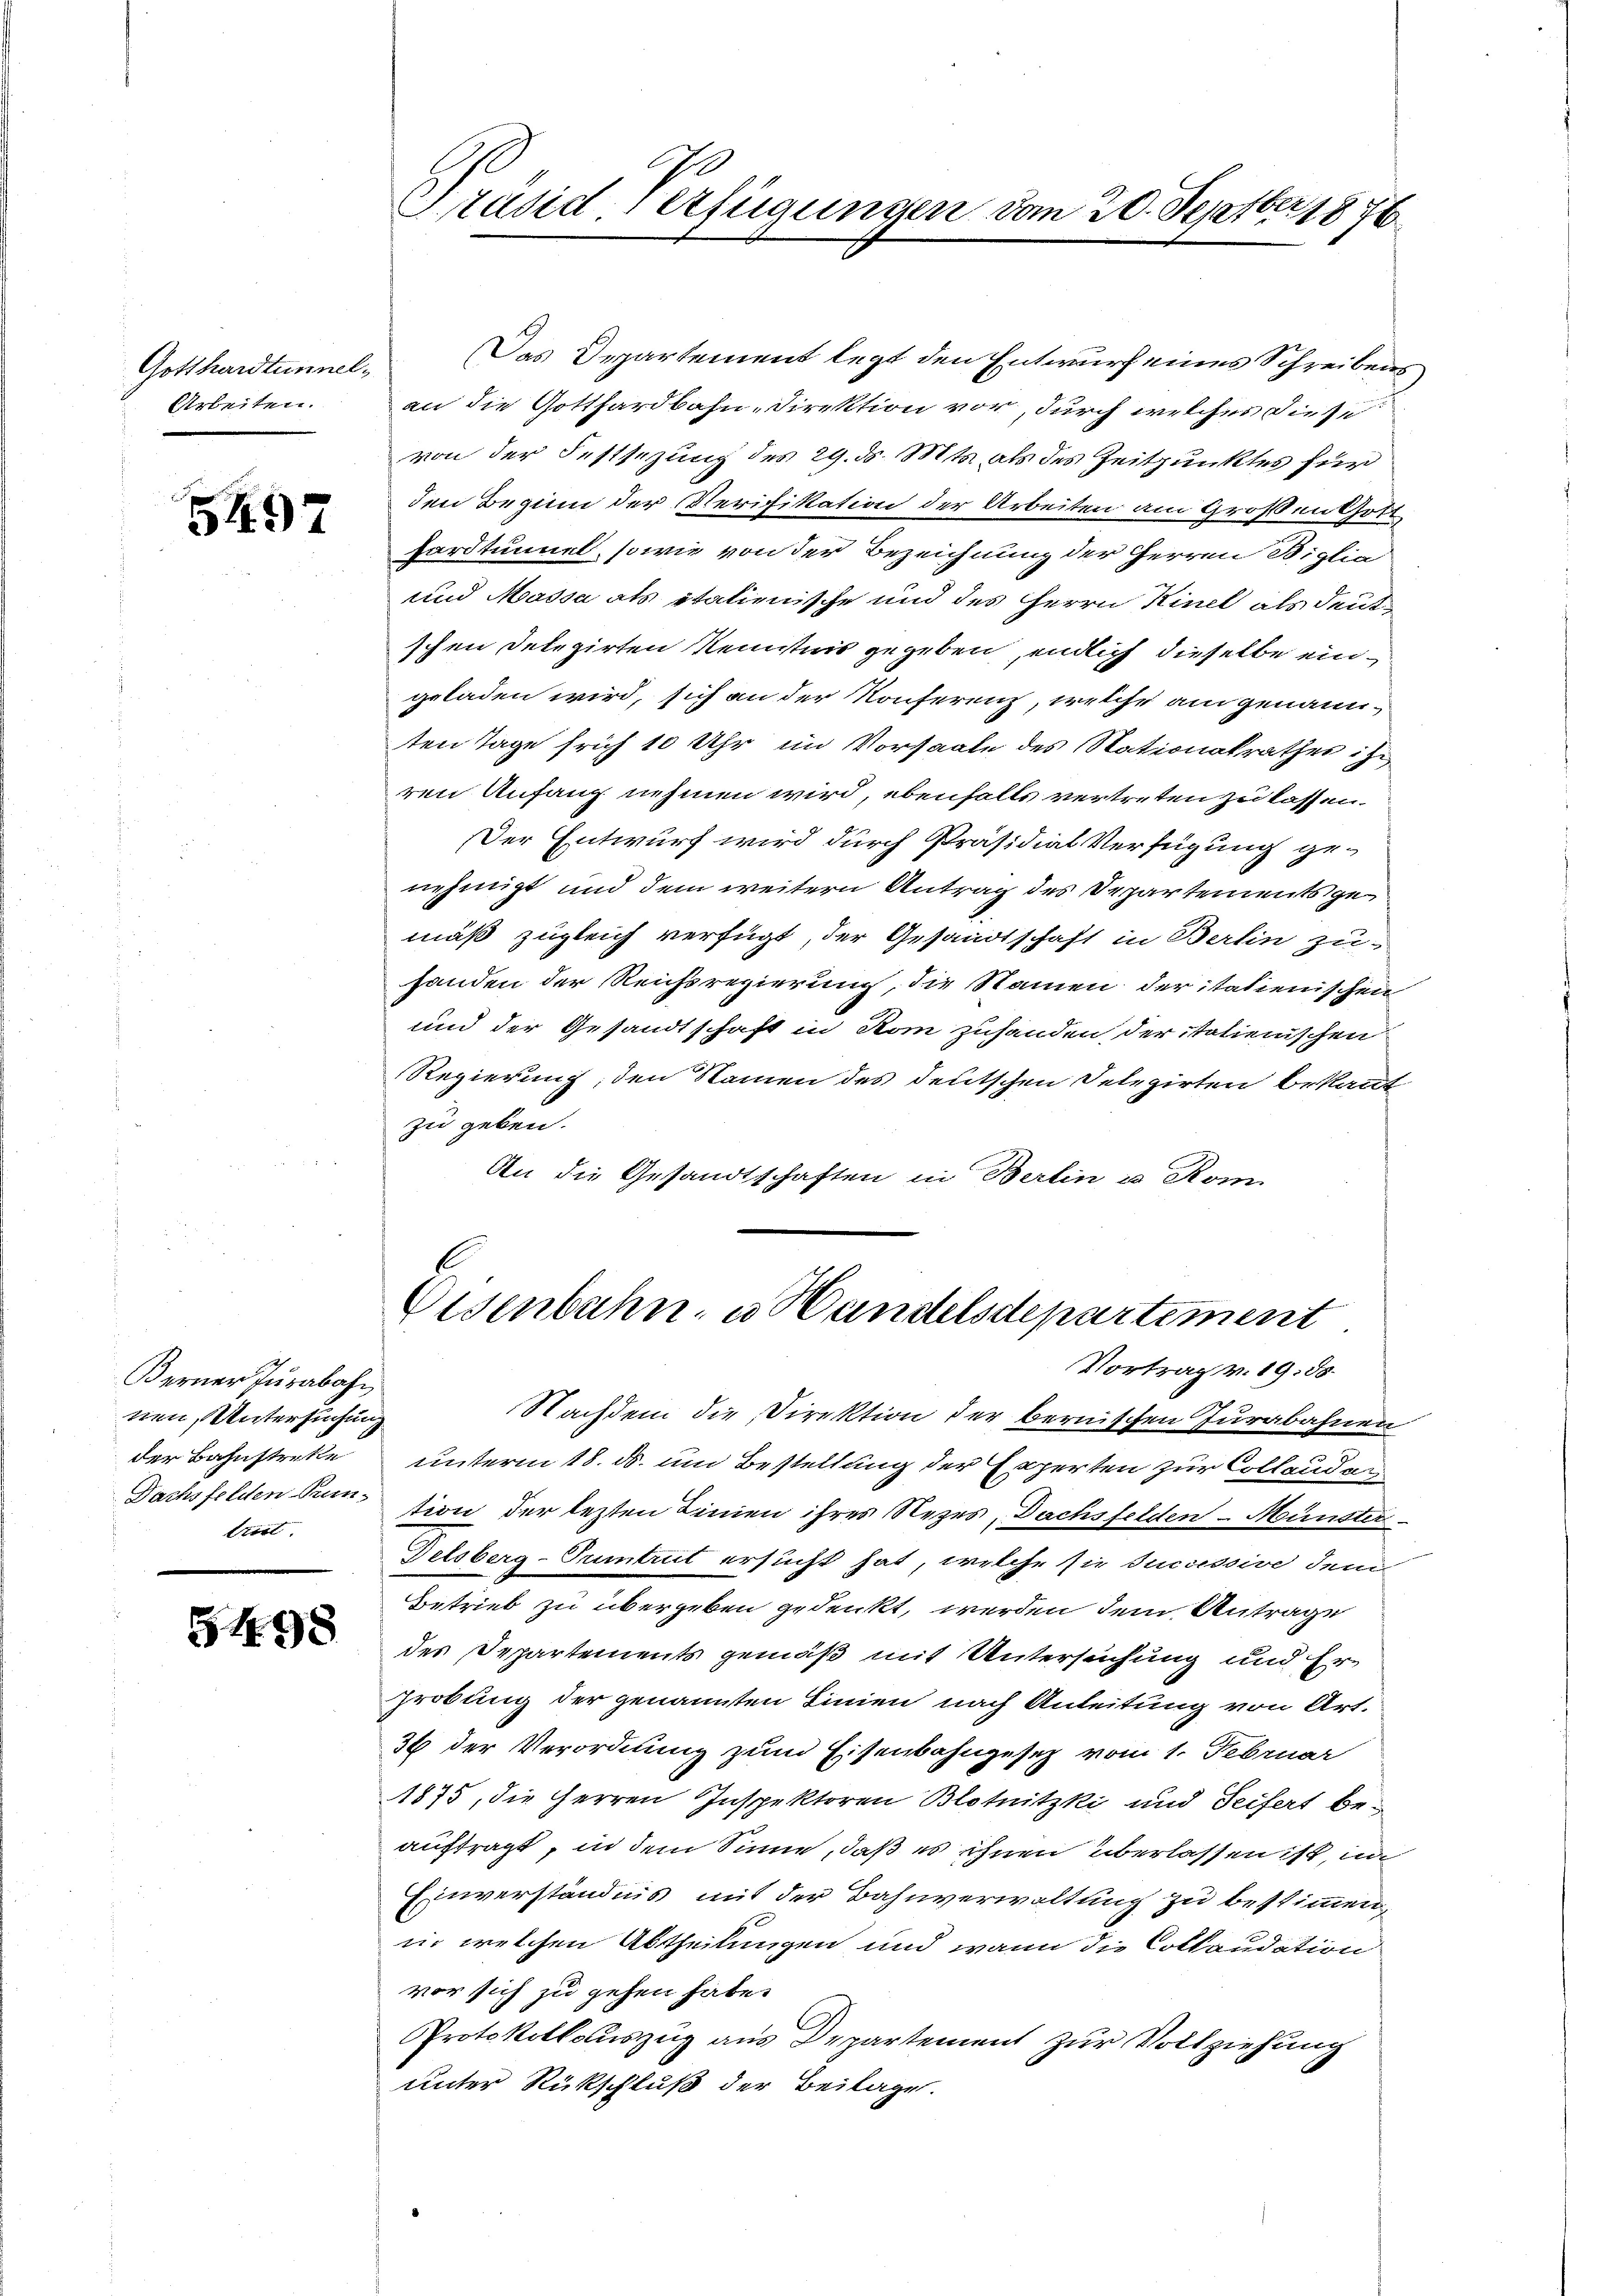
Gotthardtunnel¬
Arbeiten.

d
5497

Berner Jurabahn
nen, Untersuchung
trirt

5498

Präsid. Verfügungen von 20. Septber 1876

Das Departement legt den Entwurf eines Schreibens
an die Gotthardbahn-Direktion vor, durch welches diese
von der Festsezung des 29. d. Mts. als des Zeitpunktes für
den Beginn der Verifikation der Arbeiten am Großen Gott
ardtumel, sowie von der Bezeichnung der Herren Biglia
und Massa als italienische und des Herrn Kinel als deutschen Delegirten Kenntnis gegeben, endlich dieselbe eingeladen wird, sich an der Konferenz, welche am genannten Tage früh 10 Uhr im Vorsaate des Stationalrathes is
ren Anfang nehmen wird, ebenfalls vertreten zu lassen.
Der Entwurf wird durch Präsidial-Verfügung genehmigt und dem weitern Antrag des Departements gemäß zugleich verfügt, der Gesandtschaft in Berlin zu-
handen der Reichsregierung, die Namen der italienischen
und der Gesandtschaft in Rom zuhanden, der italienischen
Regierung, den Namen des deutschen Delegirten bekannt
zu geben.
An die Gesandtschaften in Berlin u Kom-

Eisenbahn, u. Handelsdepartement
Vortrag v. 19. ds.

Nachdem die Direktion der bernischen Jurabahnen
der Bahnstreke unterm 18. ds. und Bestellung der Experten zur Collenden
Dachsfelden diention der lezten Linien ihres Rezes, Dachsfelden Münster
Delsberg-Tumtrut ersucht hat, welche sie successive dem
Betrieb zu übergeben gedenkt, werden dem Antrage
des Departements gemäß mit Untersuchung und Er-
Grobung der genannten Linien nach Anleitung von Art.
36 der Verordnung zum Eisenbahngesetz vom 1. Februar
1875, die Herren Inspektoren Blotnitzki und Seifert beauftragt, in dem Sinne, daß es ihnen überlassen ist, in
Einverständnis mit der Bahnverwaltung zu bestimmen,
ii welchen Abtheilungen und wann die Collaudation
vor sich zu gehen habe.
Protokollauszug aus Departement zur Vollziehung
unter Rückschluß der Beilage.